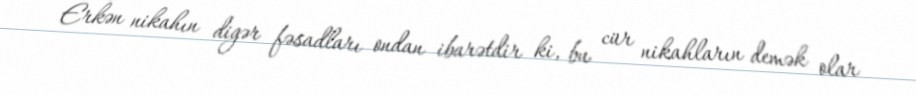
Erkən nikahın digər fəsadları ondan ibarətdir ki, bu cür nikahların demək olar